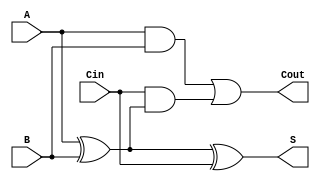
module full_adder (
    input  wire A,    // First significant bit
    input  wire B,    // Second significant bit
    input  wire Cin,  // Carry-in bit
    output wire S,    // Sum output
    output wire Cout   // Carry-out output
);

    // Behavioral description of the Full Adder
    assign S = A ^ B ^ Cin;               // Sum calculation
    assign Cout = (A & B) | (Cin & (A ^ B)); // Carry-out calculation

endmodule